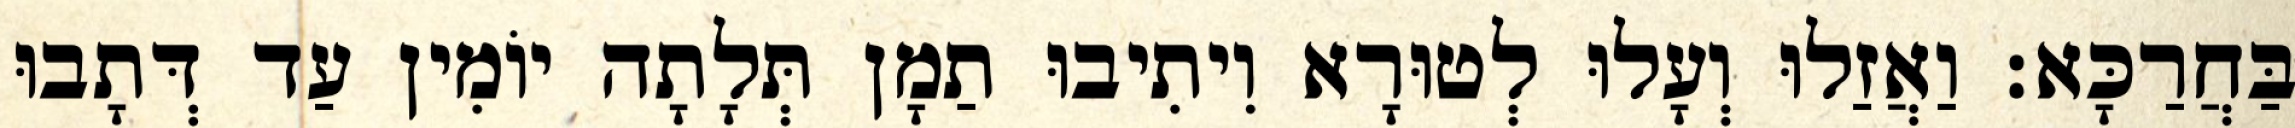
בַּחֲרַכָּא׃ וַאֲזַלוּ וְעָלוּ לְטוּרָא וִיתִיבוּ תַמָן תְּלָתָה יוֹמִין עַד דְּתָבוּ